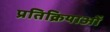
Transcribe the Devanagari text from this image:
प्रतिक्रियाआें